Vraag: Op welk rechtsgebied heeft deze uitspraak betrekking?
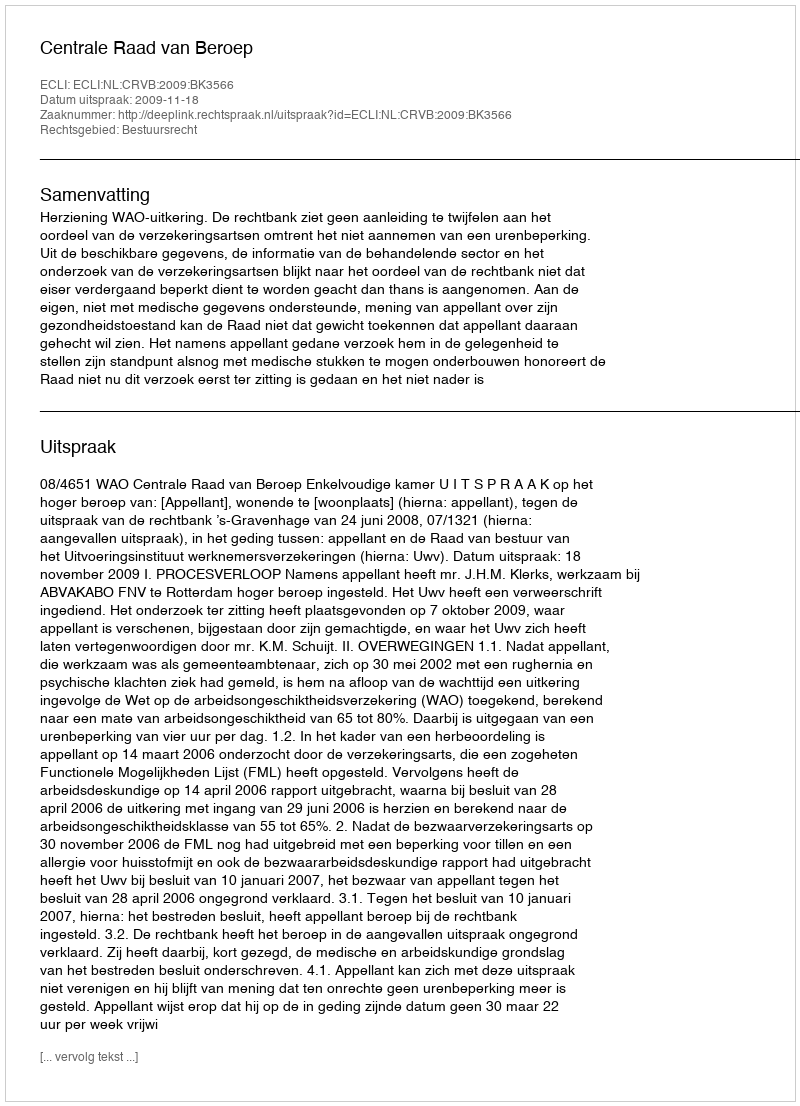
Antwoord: Bestuursrecht